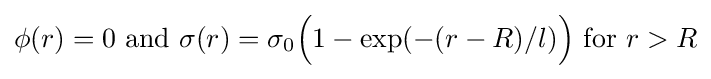
\phi (r)=0{\text{ and }}\sigma (r)=\sigma _{0}{\Big (}1-\exp(-(r-R)/l){\Big )}{\text{ for }}r>R